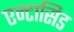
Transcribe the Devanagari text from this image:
एन्टासिड